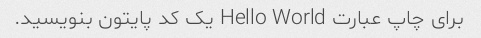
برای چاپ عبارت Hello World یک کد پایتون بنویسید.